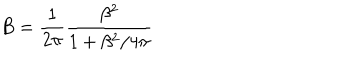
LaTeX: B = \frac { 1 } { 2 \pi } \frac { \beta ^ { 2 } } { 1 + \beta ^ { 2 } / 4 \pi }